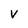
Character: V